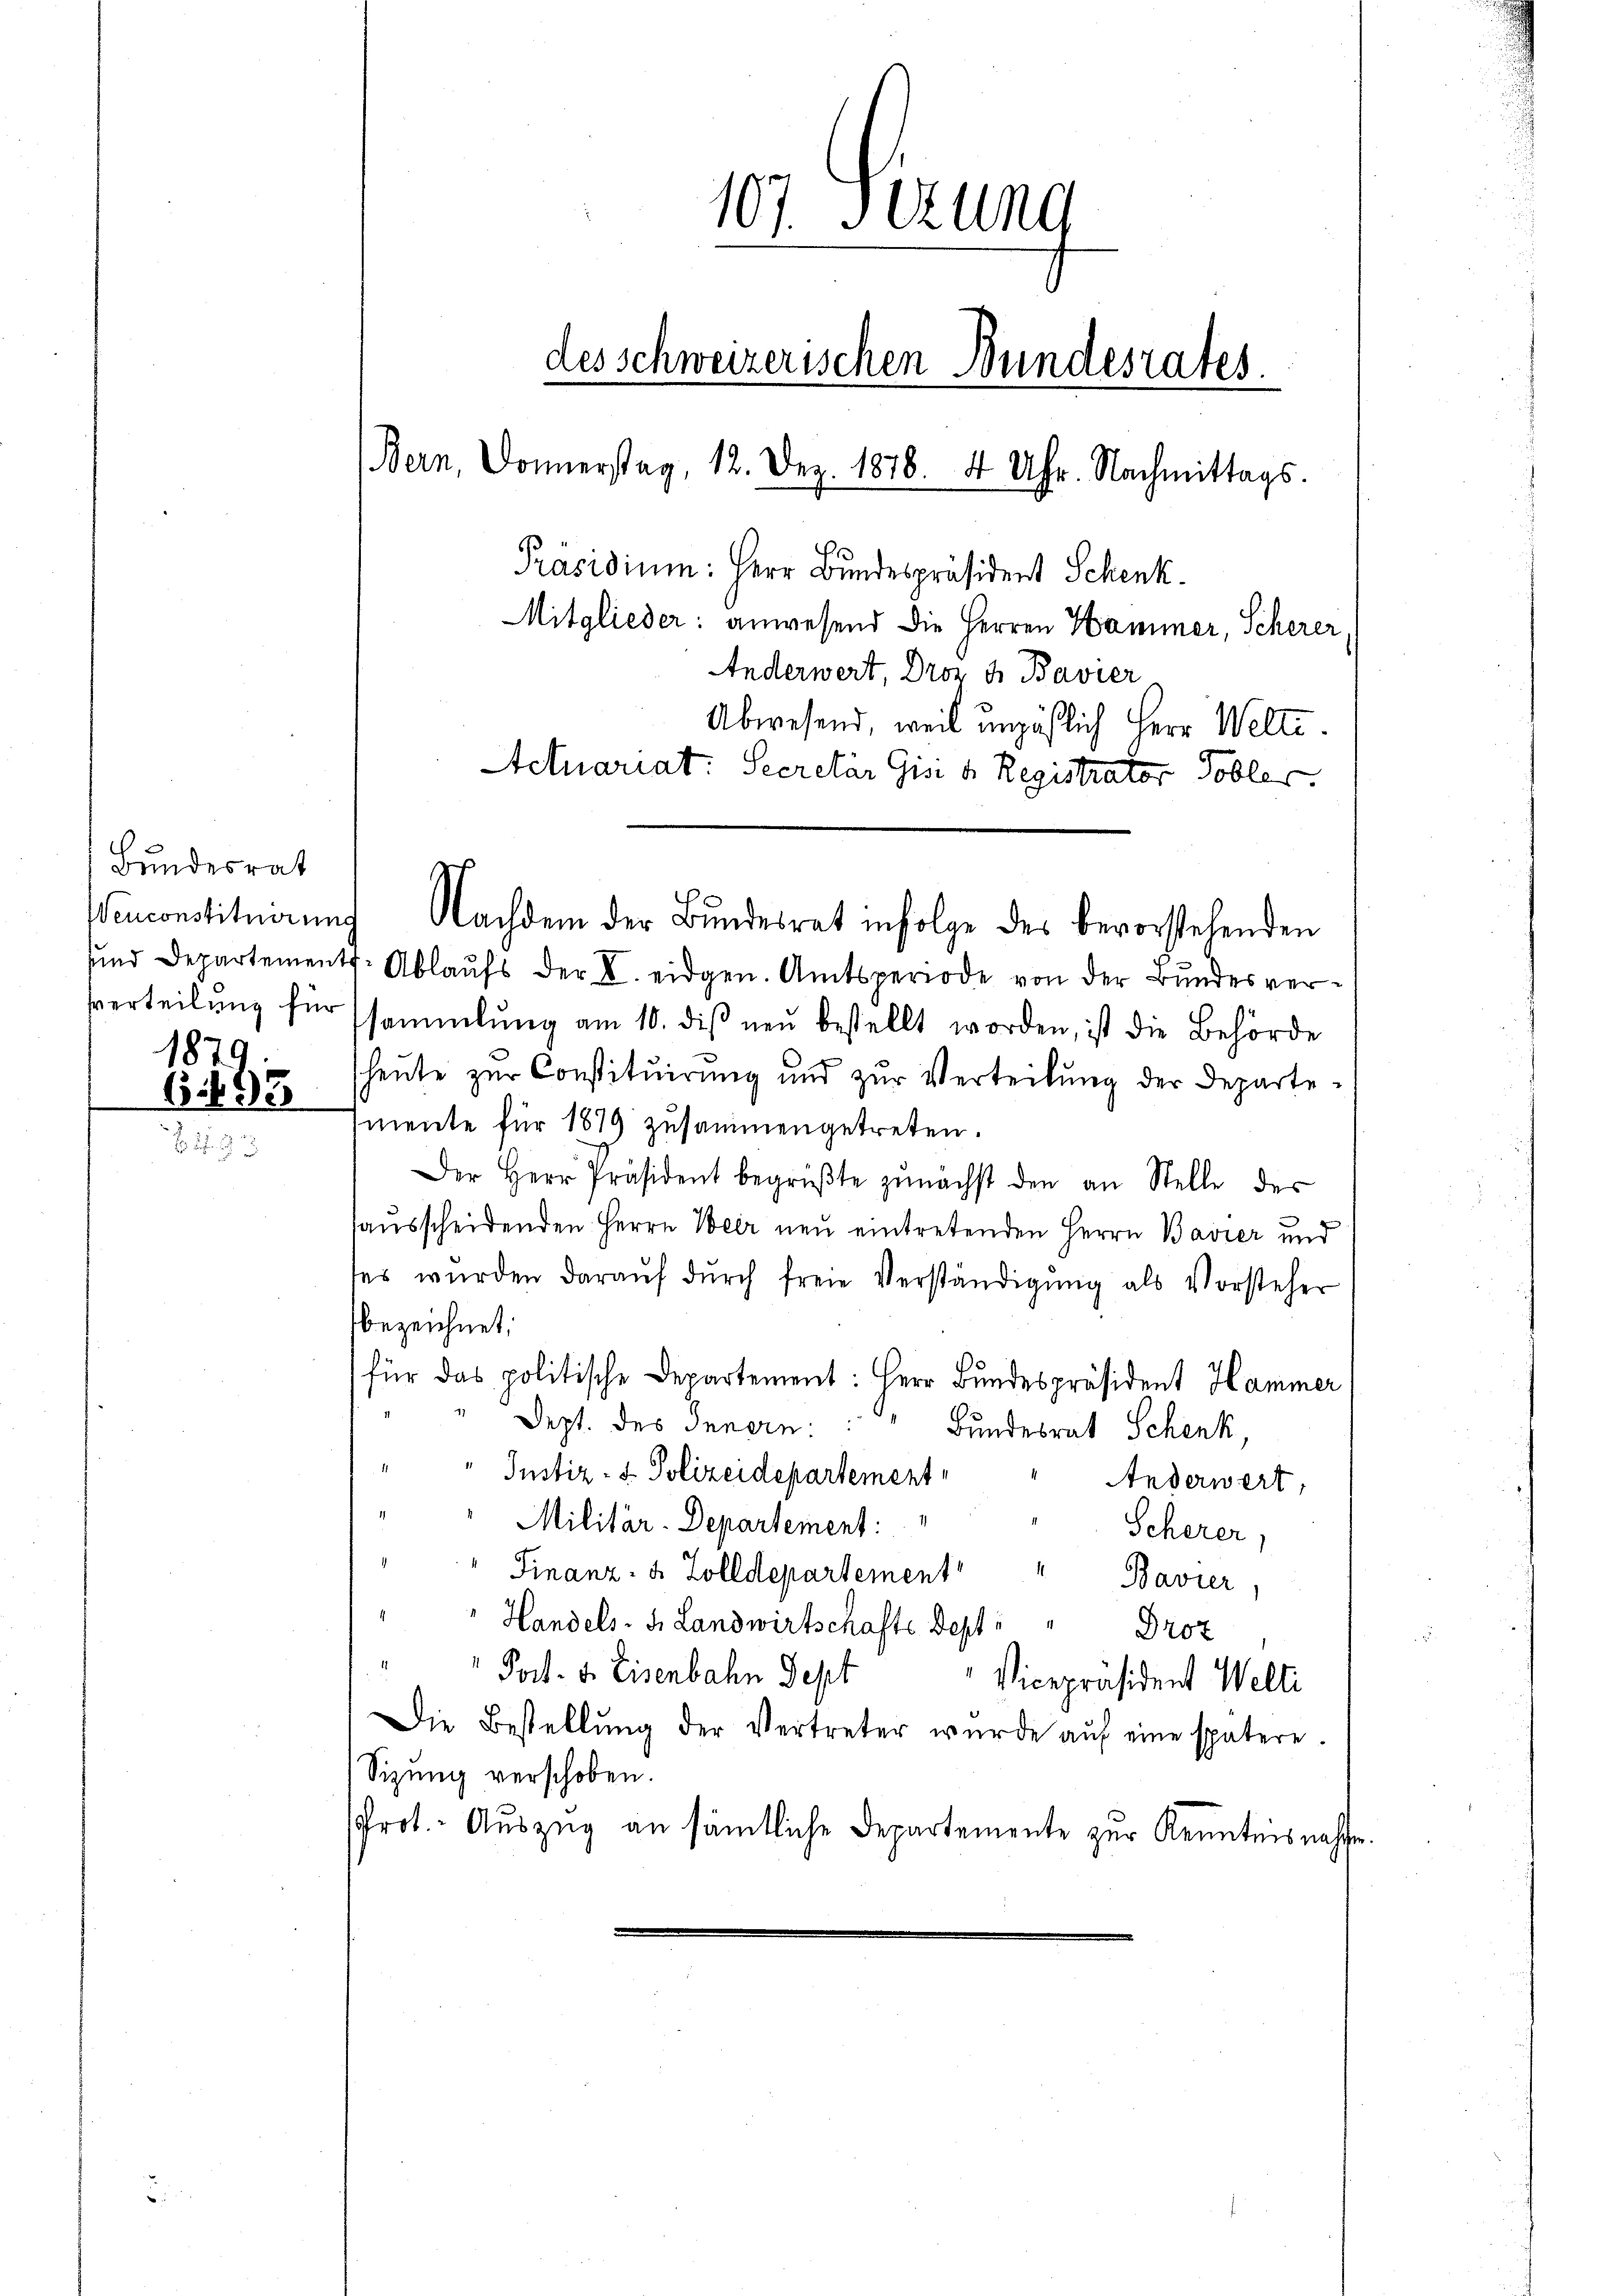
Bundesrat
1879.

107. Sezung
des schweizerischen Bundesrates
Bern, Donnerstag, 12. Dez. 1878. 4 Uhr. Nachmittags.
Präsidium: Herr Bundespräsident Schenk.
Mitglieder: anwesend die Herren Hammer, Scherer
Anderwert, Droz 4 Bavier
Abwesend, weil unpäßlich Herr Welte.
Actuariat: Secretär Gisi d. Registrator Tobler.

Venconstituirung Nachdem der Bundesrat infolge des bevorstehenden
sund Departements- Ablaufs der I. eidgen. Amtsperiode von der Bundesververteilŭng für sammlung am 10. diβ neŭ bestellt worden, ist die Behörde
heŭte zŭr Constitŭierŭng und zŭr Verteilŭng der Departe-
1882 mente für 1879 zusammengetreten.
Der Herr Präsident begrüβte zŭnächst den an Stelle der
sausscheidenden Herrn Weer neu eintretenden Herrn Bavier und
ses wurden daraŭf dŭrch freie Verständigŭng als Vorsteher
bezeichnet.
für das politische Departement: Herr Bundespräsident Hammer
Sept. des Innern.
Bundesrat Schenk,
Justiz- & Polizeidepartement
Anderwert,
Militär-Departement:
Scherer,
Finanz- u. Zolldepartement " " Bavier
Handels- u. Landwirtschafts Sept " " Drot
Port. v. Eisenbahn Sept
Vicepräsident Welti
Die Bestellŭng der Vertreter wurde aŭf eine spätere.
Sizung verschoben.
Prot. Auszug an sämtliche Departemente zur Kenntnis nachhe